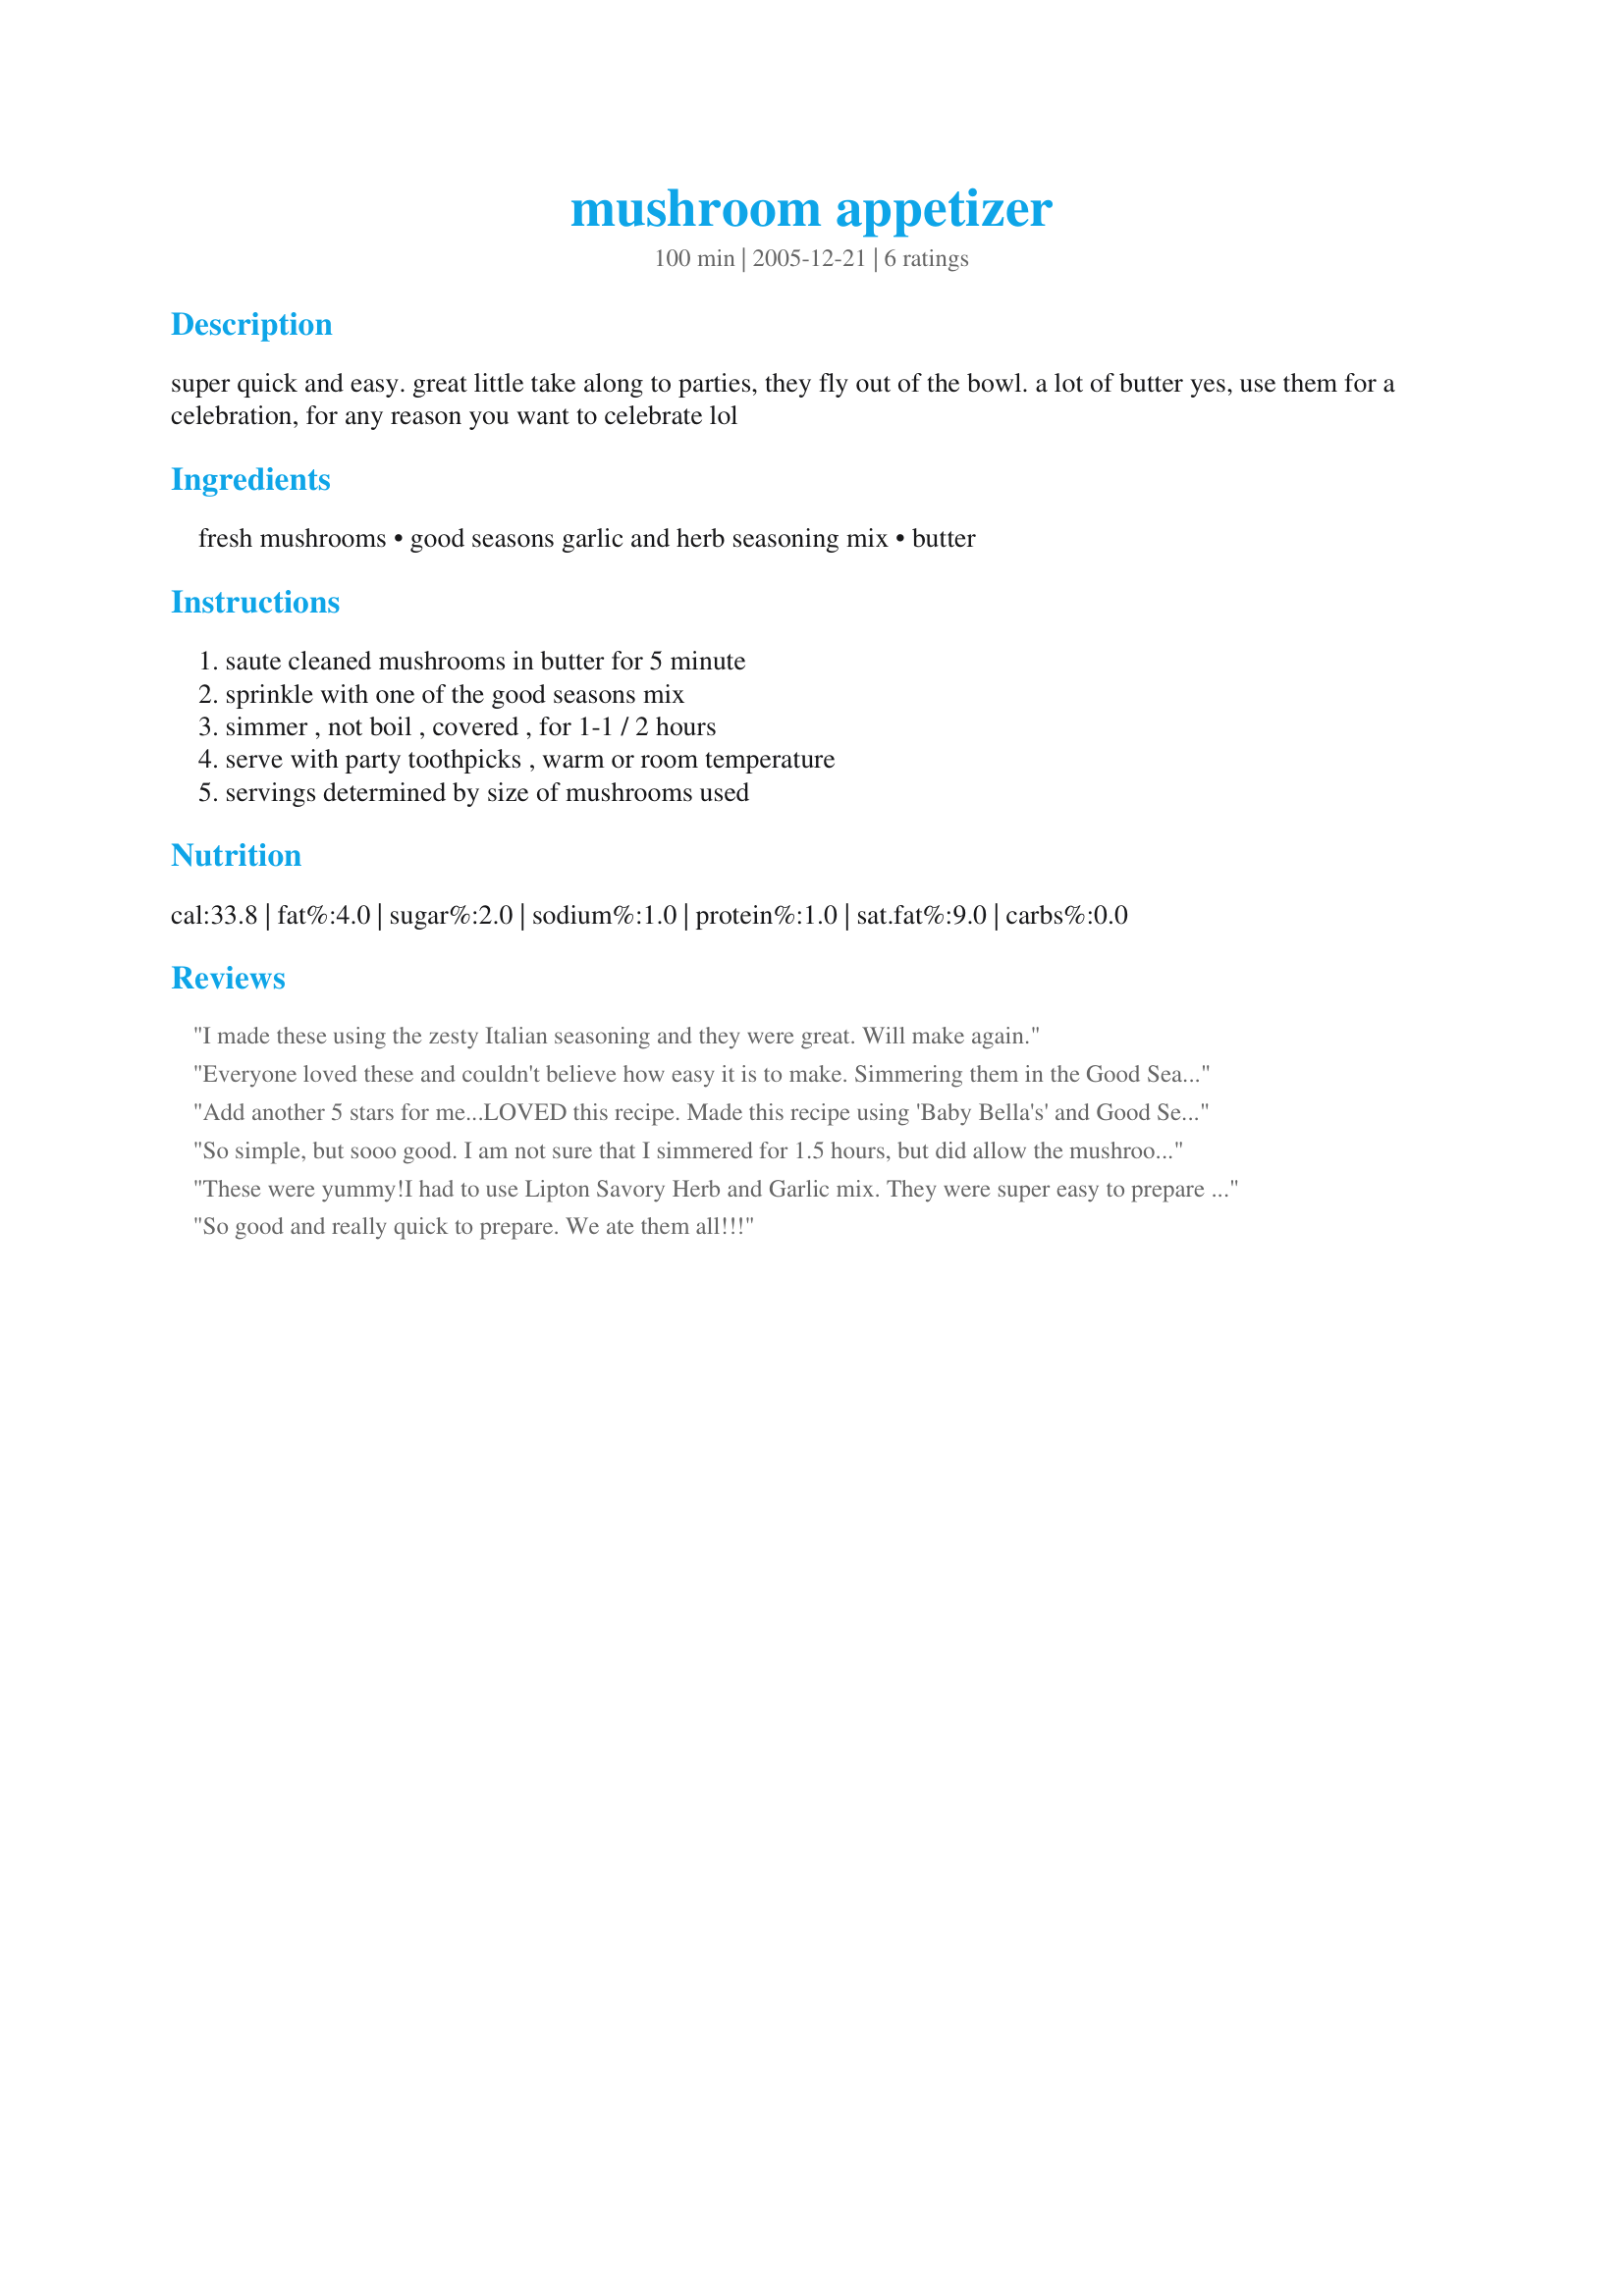
mushroom appetizer
Preparation time: 100 minutes

super quick and easy. great little take along to parties, they fly out of the bowl.
a lot of butter yes, use them for a celebration, for any reason you want to celebrate lol

Ingredients:
fresh mushrooms, good seasons garlic and herb seasoning mix, butter

Steps:
saute cleaned mushrooms in butter for 5 minute, sprinkle with one of the good seasons mix, simmer , not boil , covered , for 1-1 / 2 hours, serve with party toothpicks , warm or room temperature, servings determined by size of mushrooms used

Reviews:
I made these using the zesty Italian seasoning and they were great. Will make again.
Everyone loved these and couldn't believe how easy it is to make. Simmering them in the Good Seasons really flavors the mushrooms. It will be experiment with different mixes. Thanks for sharing this winner, Peg629. Loved them!!!!!
Add another 5 stars for me...LOVED this recipe. Made this recipe using 'Baby Bella's' and Good Seasons Italian (not the zesty variety). So easy and so good!!
So simple, but sooo good. I am not sure that I simmered for 1.5 hours, but did allow the mushrooms to release some of their juices and bathe in the seasoning. I also added a handful of diced green onions about half way through the simmering. These were gobbled up as an appy at a New Year's Eve party.
These were yummy!I had to use Lipton Savory Herb and Garlic mix. They were super easy to prepare and were gobbled up immediately! Nice to make when you have a busy prty to prepare for!
So good and really quick to prepare. We ate them all!!!
